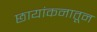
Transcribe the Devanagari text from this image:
छायांकनातून